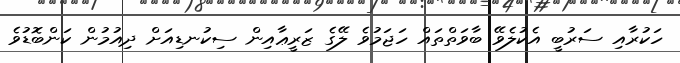
ހަކުރާއި ސަރުބީ އެކުލެވޭ ބާވަތްތައް ހަޖަމުވެ ލޭގެ ޒަރީޢާއިން ސިކުނޑިއަށް ދިއުމުން ކަންބޮޑުވެ